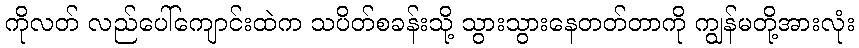
ကိုလတ် လည်ပေါ်ကျောင်းထဲက သပိတ်စခန်းသို့ သွားသွားနေတတ်တာကို ကျွန်မတို့အားလုံး